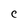
Character: C